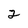
Character: 2